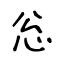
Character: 忩